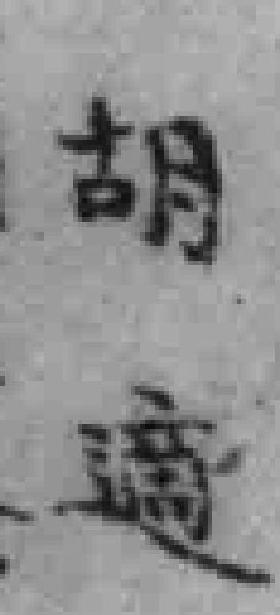
胡適